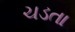
ચડતા